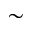
\sim